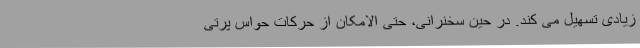
زیادی تسهیل می کند. در حین سخنرانی، حتی الامکان از حرکات حواس پرتی